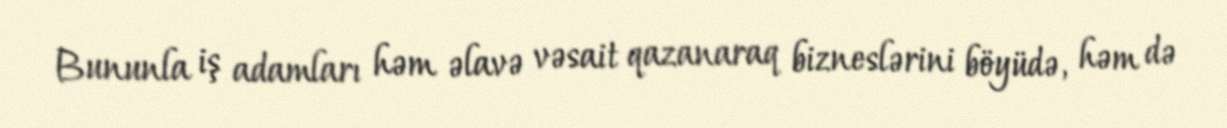
Bununla iş adamları həm əlavə vəsait qazanaraq bizneslərini böyüdə, həm də